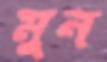
মুন